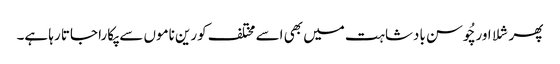
پھر شلا اور چُوسن بادشاہت میں بھی اسے مختلف کورین ناموں سے پکارا جاتا رہا ہے۔